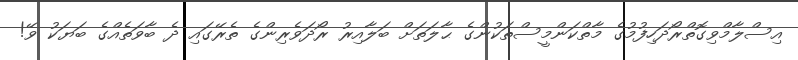
އިސްލާމްވިގޮތްރޯދަހިފުމުގެ މާތްކަންމީސްތަކުންގެ ޙާލަތަށް ބަލާއިރު ރޯދަވެރިންގެ ތެރޭގައި ދެ ބާވަތެއްގެ ބަޔަކު ވޭ!